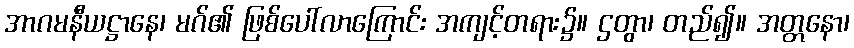
အာဂမနီယဋ္ဌာနေ၊ မဂ်၏ ဖြစ်ပေါ်လာကြောင်း အကျင့်တရား၌။ ဌတွာ၊ တည်၍။ အတ္တနော၊